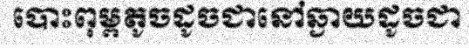
បោះពុម្ពតូចដូចជានៅឆ្ងាយដូចជា